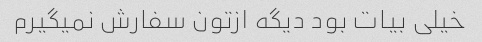
خیلی بیات بود دیگه ازتون سفارش نمیگیرم